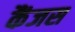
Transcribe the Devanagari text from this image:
कैंजस